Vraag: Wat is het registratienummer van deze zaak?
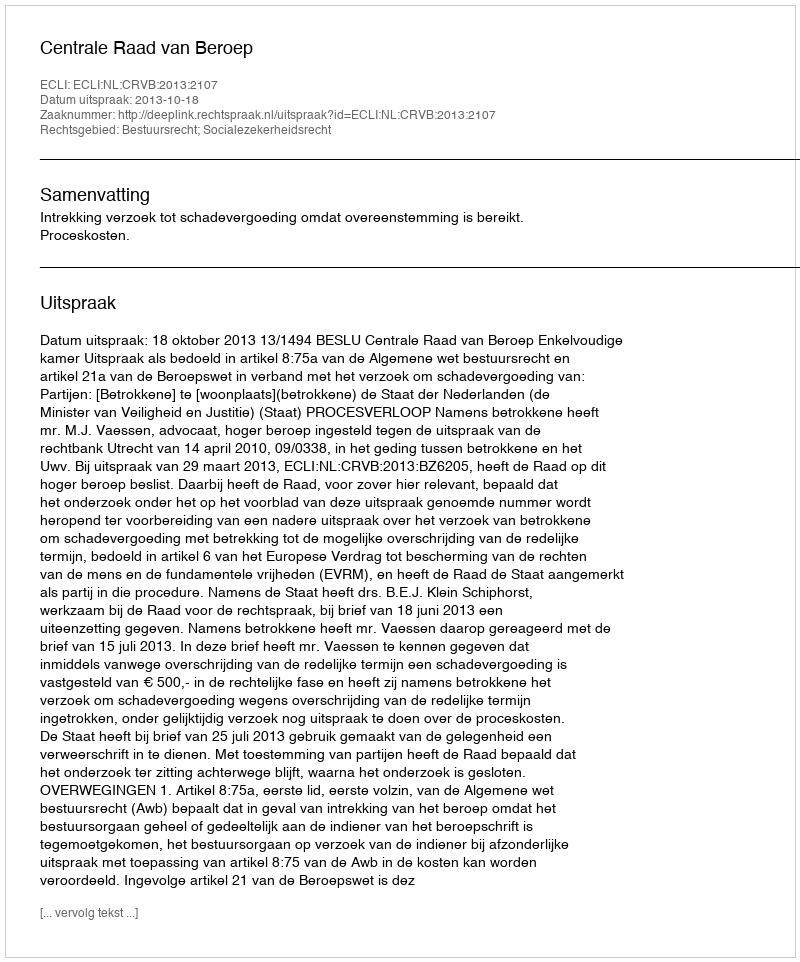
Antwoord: http://deeplink.rechtspraak.nl/uitspraak?id=ECLI:NL:CRVB:2013:2107